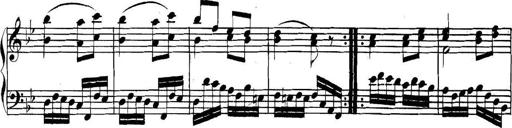
Title: Collected Piano Sonatas
Composer: Muzio Clementi